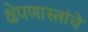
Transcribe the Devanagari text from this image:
क्षेपणास्त्रांचे